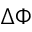
\Delta \Phi